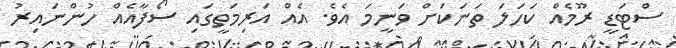
ސްޓަޑީ ރޫމެއް ކަހަލަ ތަނަކަށް ވަނީމަ އެވެ. އެއް އަރިމަތީގައި ސޯފާއެއް ހުންނައިރު